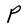
Character: P